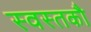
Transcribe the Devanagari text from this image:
स्वस्तकौ